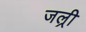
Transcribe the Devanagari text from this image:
जल्री